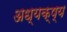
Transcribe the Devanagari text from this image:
अध्यक्ष्य